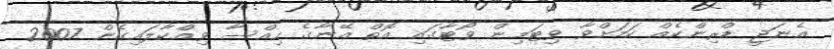
އެނަޖީ ޑްރިންކެއް ކަމަށްވާ ވިޓަމިން ވޯޓާގައި އޮތް އޭނާގެ ހިއްސާ ވިއްކާލައިގެން 2007